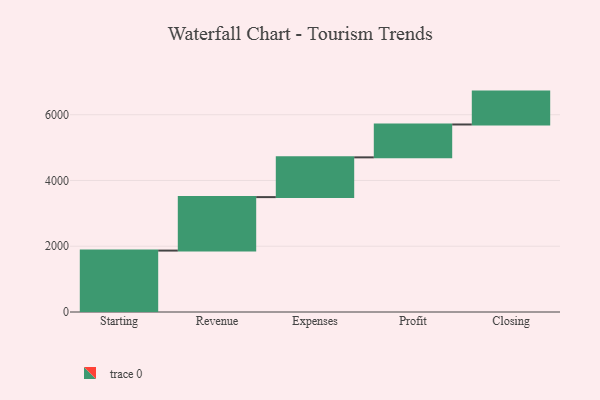
{"axis": {"x": "Step", "y": "Value"}, "legend": [""], "data": [{"x": "Starting", "y": 1868.0, "type": ""}, {"x": "Revenue", "y": 1626.0, "type": ""}, {"x": "Expenses", "y": 1209.0, "type": ""}, {"x": "Profit", "y": 1000, "type": ""}, {"x": "Closing", "y": 1000, "type": ""}]}